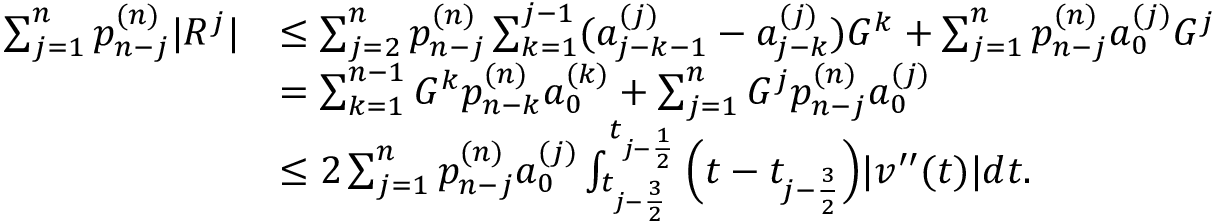
\begin{array} { r l } { \sum _ { j = 1 } ^ { n } p _ { n - j } ^ { ( n ) } | R ^ { j } | } & { \le \sum _ { j = 2 } ^ { n } p _ { n - j } ^ { ( n ) } \sum _ { k = 1 } ^ { j - 1 } ( a _ { j - k - 1 } ^ { ( j ) } - a _ { j - k } ^ { ( j ) } ) G ^ { k } + \sum _ { j = 1 } ^ { n } p _ { n - j } ^ { ( n ) } a _ { 0 } ^ { ( j ) } G ^ { j } } \\ & { = \sum _ { k = 1 } ^ { n - 1 } G ^ { k } p _ { n - k } ^ { ( n ) } a _ { 0 } ^ { ( k ) } + \sum _ { j = 1 } ^ { n } G ^ { j } p _ { n - j } ^ { ( n ) } a _ { 0 } ^ { ( j ) } } \\ & { \le 2 \sum _ { j = 1 } ^ { n } p _ { n - j } ^ { ( n ) } a _ { 0 } ^ { ( j ) } \int _ { t _ { j - \frac { 3 } { 2 } } } ^ { t _ { j - \frac { 1 } { 2 } } } \Big ( t - t _ { j - \frac { 3 } { 2 } } \Big ) | v ^ { \prime \prime } ( t ) | d t . } \end{array}